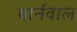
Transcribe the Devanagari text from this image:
बार्नवाल